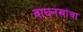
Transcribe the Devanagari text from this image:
वाघनखांचा